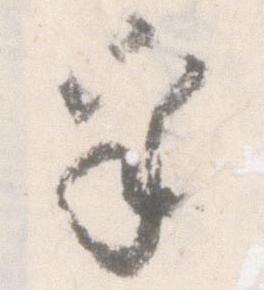
乎